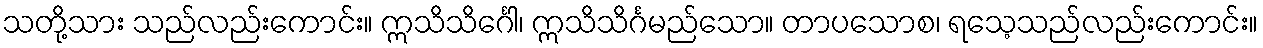
သတို့သား သည်လည်းကောင်း။ ဣသိသိင်္ဂေါ၊ ဣသိသိင်္ဂမည်သော။ တာပသောစ၊ ရသေ့သည်လည်းကောင်း။